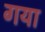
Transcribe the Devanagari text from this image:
गया